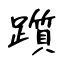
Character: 躓